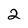
Character: 2